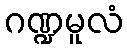
ဂဏ္ဍမူလံ